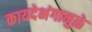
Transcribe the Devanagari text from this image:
कायदेभंगामुळे